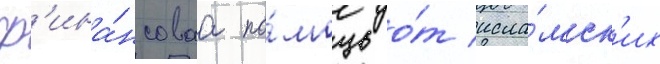
ф'ина́нсоваа по́мощь о́т исла́мск'их